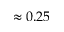
\approx 0 . 2 5